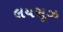
લયસૂઝ